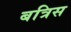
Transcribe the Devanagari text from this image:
बत्रिस